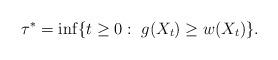
LaTeX: \begin{align*}\tau^* = \inf \{ t \ge 0:\ g(X_t) \ge w(X_t)\}.\end{align*}